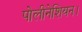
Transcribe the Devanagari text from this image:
पोलीनेशियन।